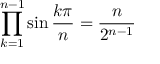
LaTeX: \prod _ { k = 1 } ^ { n - 1 } \sin { \frac { k \pi } { n } } = { \frac { n } { 2 ^ { n - 1 } } }